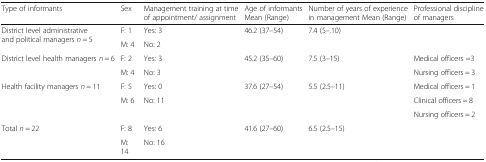
| Type of informants | Sex | Management training at time of appointment/ assignment | Age of informants Mean (Range) | Number of years of experience in management Mean (Range) | Professional discipline of managers |
 | --- | --- | --- | --- | --- | --- |
 | <ROWSPAN=2> District level administrative and political managers n = 5 | F: 1 | Yes: 3 | <ROWSPAN=2> 46.2 (37–54) | <ROWSPAN=2> 7.4 (5–.10) | <ROWSPAN=2>  |
 | M: 4 | No: 2 |
 | <ROWSPAN=2> District level health managers n = 6 | F: 2 | Yes: 3 | <ROWSPAN=2> 45.2 (35–60) | <ROWSPAN=2> 7.5 (3–15) | Medical officers =3 |
 | M: 4 | No: 3 | Nursing officers = 3 |
 | <ROWSPAN=3> Health facility managers n = 11 | F: 5 | Yes: 0 | <ROWSPAN=3> 37.6 (27–54) | <ROWSPAN=3> 5.5 (2.5–11) | Medical officers = 1 |
 | <ROWSPAN=2> M: 6 | <ROWSPAN=2> No: 11 | Clinical officers = 8 |
 | Nursing officers = 2 |
 | <ROWSPAN=2> Total n = 22 | F: 8 | Yes: 6 | <ROWSPAN=2> 41.6 (27–60) | <ROWSPAN=2> 6.5 (2.5–15) | <ROWSPAN=2>  |
 | M: 14 | No: 16 |